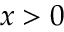
x > 0